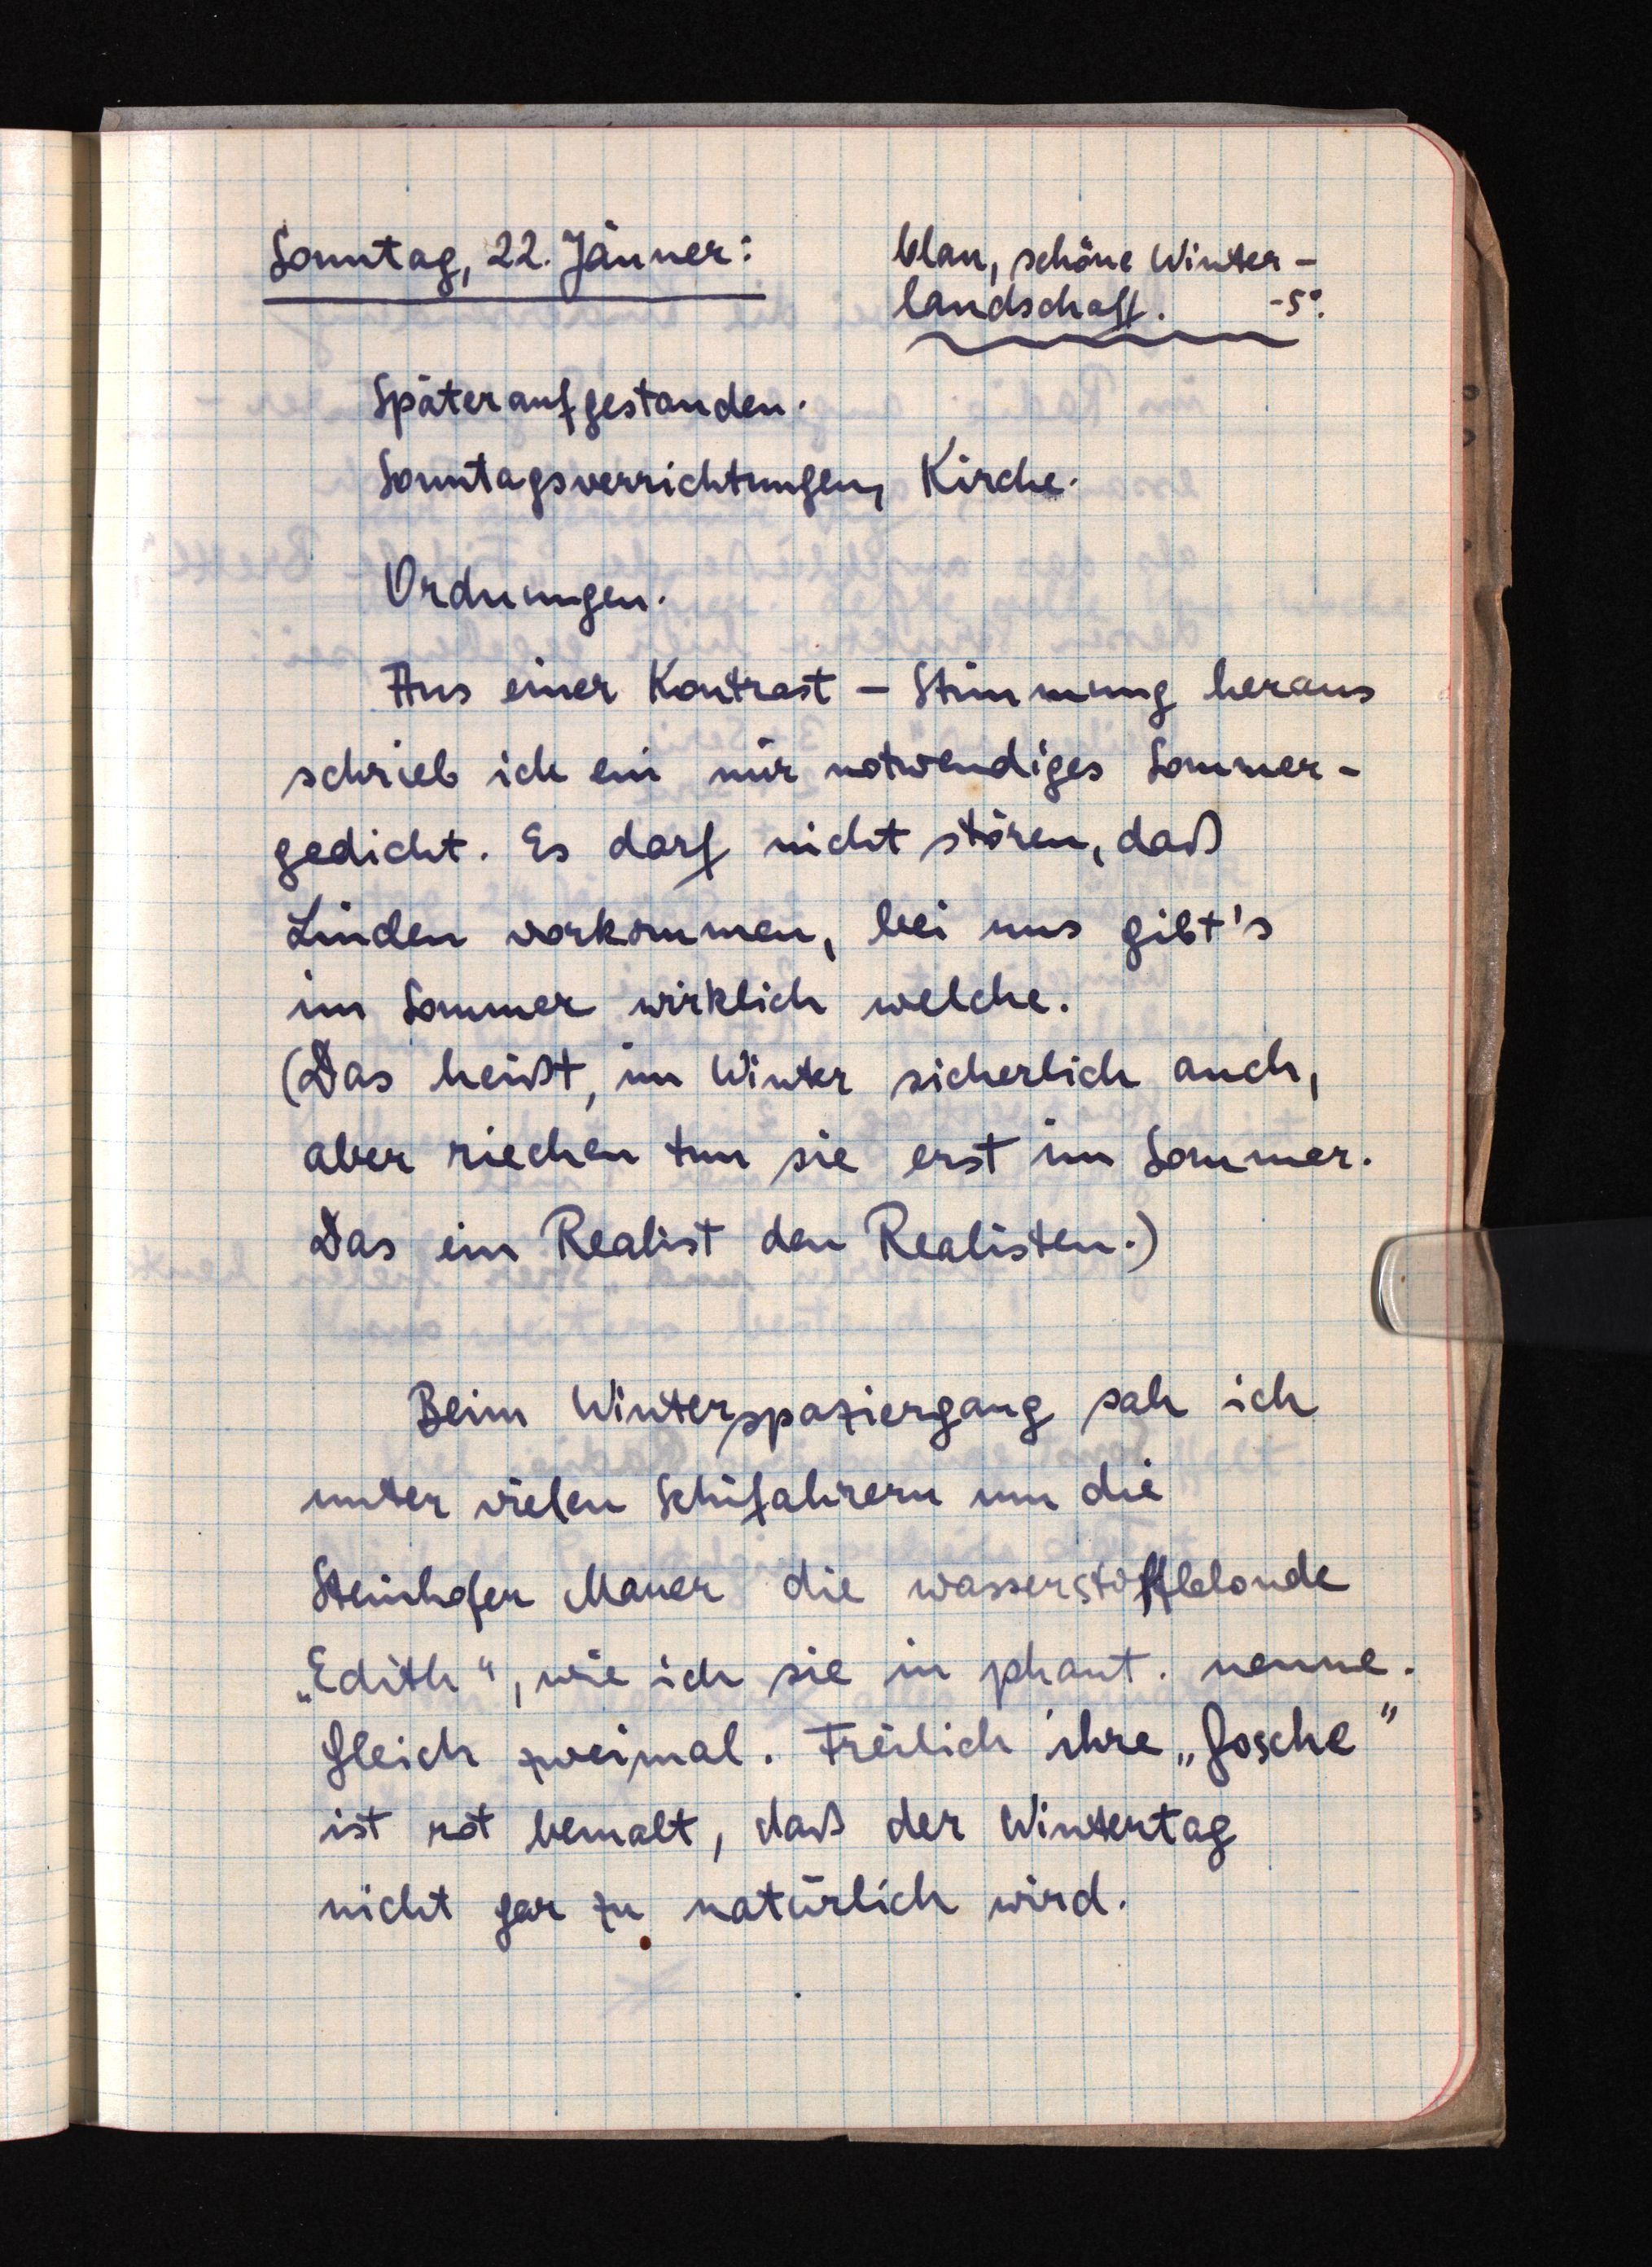
Sonntag, 22. Jänner:
blau, schöne Winter¬
landschaft.-5°.
Später aufgestanden.
Sonntagsverrichtungen, Kirche.
Ordnungen.
Aus einer Kontrast-Stimmung heraus
schrieb ich ein mir notwendiges Sommer¬
gedicht. Es darf nicht stören, daß
Linden vorkommen, bei uns gibt's
im Sommer wirklich welche.
(Das heißt, im Winter sicherlich auch,
aber riechen tun sie erst im Sommer.
Das ein Realist den Realisten.)
Beim Winterspaziergang sah ich
unter vielen Schifahrern um die
Steinhofer Mauer die wasserstoffblonde
"Edith", wie ich sie im phant. nenne.
Gleich zweimal. Freilich ihre "Gosche"
ist rot bemalt, daß der Wintertag
nicht gar zu natürlich wird.